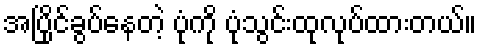
အပြိုင်ခွပ်နေတဲ့ ပုံကို ပုံသွင်းထုလုပ်ထားတယ်။